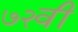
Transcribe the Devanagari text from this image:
७२वीं